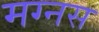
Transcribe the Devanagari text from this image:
मग्नस